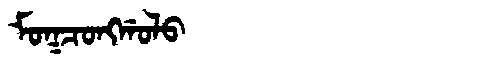
Manchu: ᠮᠣᡴᠴᠣᠩᡤᠣᠯᠣ
Romanization: MOKCONGGOLO